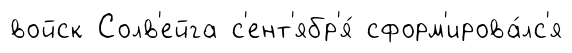
войск Солв'ейга с'ент'ябр'я́ сформ'ирова́лс'я